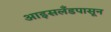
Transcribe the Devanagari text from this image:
आइसलँडपासून